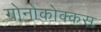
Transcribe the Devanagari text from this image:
गोनोकोक्कस